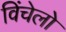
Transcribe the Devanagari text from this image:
विंचेलो